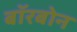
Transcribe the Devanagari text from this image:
बॉरबोन